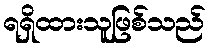
ရရှိထားသူဖြစ်သည်